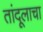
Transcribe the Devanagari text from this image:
तांदूलाचा